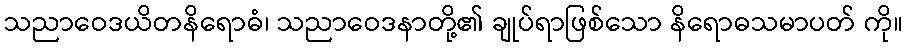
သညာဝေဒယိတနိရောဓံ၊ သညာဝေဒနာတို့၏ ချုပ်ရာဖြစ်သော နိရောဓသမာပတ် ကို။